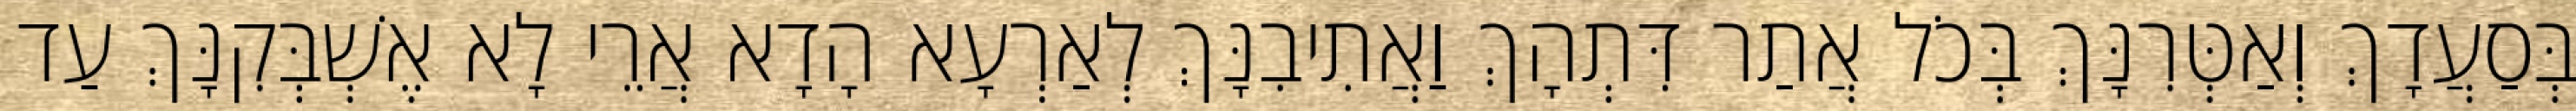
בְּסַעֲדָךְ וְאַטְּרִנָּךְ בְּכֹל אֲתַר דִּתְהָךְ וַאֲתִיבִנָּךְ לְאַרְעָא הָדָא אֲרֵי לָא אֶשְׁבְּקִנָּךְ עַד